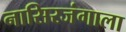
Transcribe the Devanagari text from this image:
नासिरजंगाला